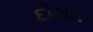
દોલત